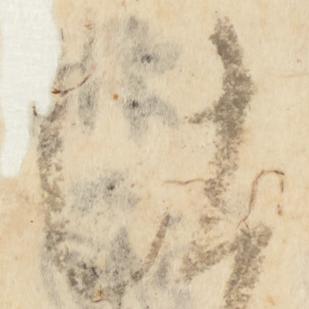
仕